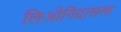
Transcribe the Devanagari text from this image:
लिओनिदासला